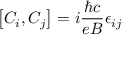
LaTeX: \left[ C _ { i } , C _ { j } \right] = i \frac { \hbar c } { e B } \epsilon _ { i j }